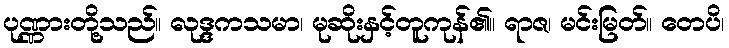
ပုဏ္ဏားတို့သည်။ လုဒ္ဒကသမာ၊ မုဆိုးနှင့်တူကုန်၏။ ရာဇ၊ မင်းမြတ်။ တေပိ၊